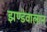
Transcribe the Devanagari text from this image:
झण्डेवालान